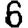
Digit: 6